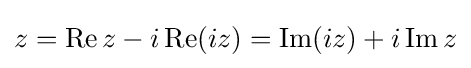
z=\operatorname {Re} z-i\operatorname {Re} (iz)=\operatorname {Im} (iz)+i\operatorname {Im} z